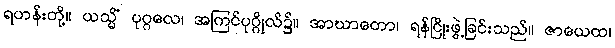
ရဟန်းတို့။ ယသ္မိံ ပုဂ္ဂလေ၊ အကြင်ပုဂ္ဂိုလ်၌။ အာဃာတော၊ ရန်ငြိုးဖွဲ့ခြင်းသည်။ ဇာယေထ၊